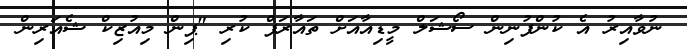
ނުވާއިރު އެ ކުންފުނިން ސޯޝަލް މީޑިއާއަށް ތައާރަފް ކުރި "ޕިން މިއުޒިކް ޝެއަރިން